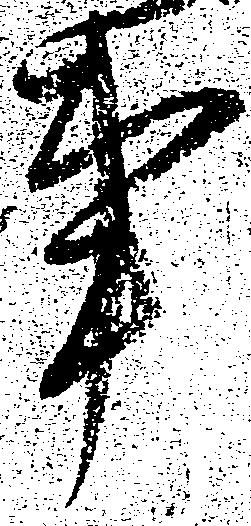
事